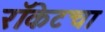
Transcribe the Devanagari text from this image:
रॉकेटचा